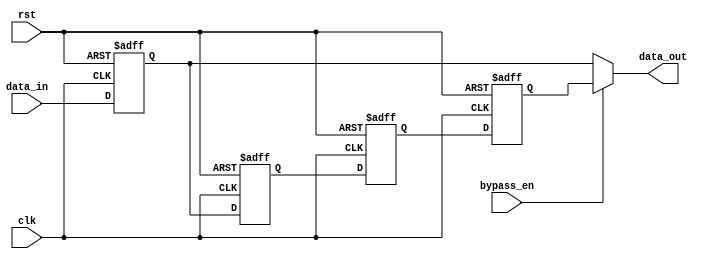
module timing_control_and_sync(
    input wire clk,
    input wire rst,
    input wire bypass_en,
    input wire [7:0] data_in,
    output reg [7:0] data_out
);

// Variable depth bypass register
reg [7:0] reg1, reg2, reg3, reg4;

always @(posedge clk or posedge rst) begin
    if (rst) begin
        reg1 <= 8'h0;
        reg2 <= 8'h0;
        reg3 <= 8'h0;
        reg4 <= 8'h0;
    end else if (bypass_en) begin
        reg1 <= data_in;
        reg2 <= reg1;
        reg3 <= reg2;
        reg4 <= reg3;
    end else begin
        reg1 <= data_in;
        reg2 <= reg1;
        reg3 <= reg2;
        reg4 <= reg3;
    end
end

assign data_out = (bypass_en) ? reg4 : reg1;

endmodule